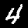
Label: 4